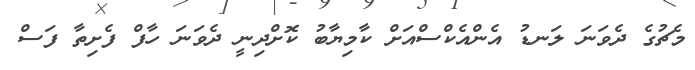
މެޗުގެ ދެވަނަ ލަނޑު އެންއެކްސްއަށް ކާމިޔާބު ކޮށްދިނީ ދެވަނަ ހާފް ފެށިތާ ފަސް